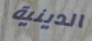
الدينية